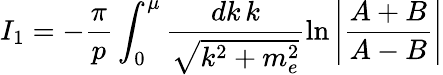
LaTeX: I_{1}=-\frac\pi p\int_{0}^{\mu}\frac{dk\, k}{\sqrt{k^{2}+m_{e}^{2}}}\ln\left|\frac{A+B}{A-B}\right|